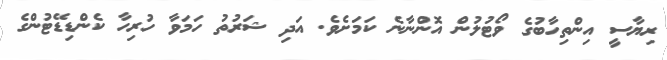
ރިޔާސީ އިންތިހާބުގެ ވޯޓުލުން އޮންނާނެ ކަމަށެވެ. އަދި ޝަރުތު ހަމަވާ ހުރިހާ ކެންޑިޑޭޓުންގެ